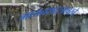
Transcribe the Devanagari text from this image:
गायनशास्त्रावरचे